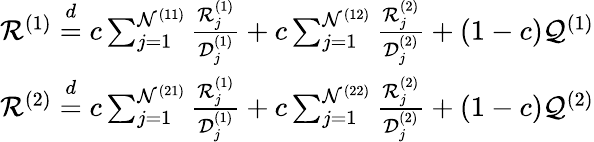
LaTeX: \begin{array}{r}{\mathcal{R}^{(1)}\stackrel{d}{=}c\sum_{j=1}^{\mathcal{N}^{(11)}}\frac{\mathcal{R}_{j}^{(1)}}{\mathcal{D}_{j}^{(1)}}+c\sum_{j=1}^{\mathcal{N}^{(12)}}\frac{\mathcal{R}_{j}^{(2)}}{\mathcal{D}_{j}^{(2)}}+(1-c)\mathcal{Q}^{(1)}}\\ {\mathcal{R}^{(2)}\stackrel{d}{=}c\sum_{j=1}^{\mathcal{N}^{(21)}}\frac{\mathcal{R}_{j}^{(1)}}{\mathcal{D}_{j}^{(1)}}+c\sum_{j=1}^{\mathcal{N}^{(22)}}\frac{\mathcal{R}_{j}^{(2)}}{\mathcal{D}_{j}^{(2)}}+(1-c)\mathcal{Q}^{(2)}}\end{array}